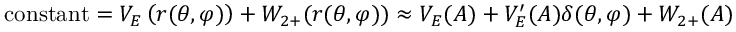
{ \mathrm { c o n s t a n t } } = V _ { E } \left( r ( \theta , \varphi ) \right) + { \cal { W } } _ { 2 + } ( r ( \theta , \varphi ) ) \approx V _ { E } ( A ) + V _ { E } ^ { \prime } ( A ) \delta ( \theta , \varphi ) + { \cal { W } } _ { 2 + } ( A )